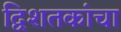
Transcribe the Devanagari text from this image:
द्विशतकांचा